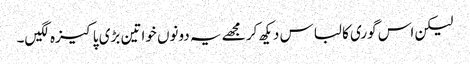
لیکن اس گوری کا لباس دیکھ کر مجھے یہ دونوں خواتین بڑی پاکیزہ لگیں۔